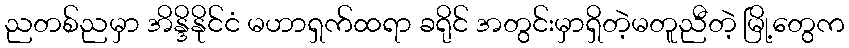
ညတစ်ညမှာ အိန္ဒိနိုင်ငံ မဟာရှက်ထရာ ခရိုင် အတွင်းမှာရှိတဲ့မတူညီတဲ့ မြို့တွေက